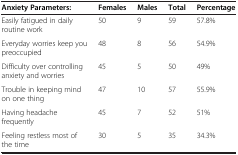
| Anxiety Parameters: | Females | Males | Total | Percentage |
 | --- | --- | --- | --- | --- |
 | Easily fatigued in daily routine work | 50 | 9 | 59 | 57.8% |
 | Everyday worries keep you preoccupied | 48 | 8 | 56 | 54.9% |
 | Difficulty over controlling anxiety and worries | 45 | 5 | 50 | 49% |
 | Trouble in keeping mind on one thing | 47 | 10 | 57 | 55.9% |
 | Having headache frequently | 45 | 7 | 52 | 51% |
 | Feeling restless most of the time | 30 | 5 | 35 | 34.3% |